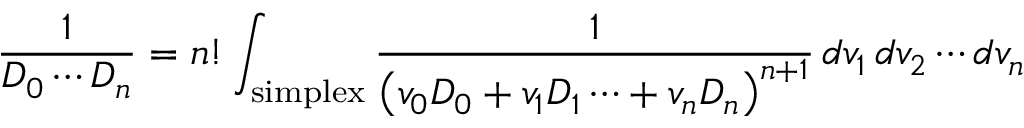
{ \frac { 1 } { D _ { 0 } \cdots D _ { n } } } = n ! \int _ { \mathrm { s i m p l e x } } { \frac { 1 } { \left( v _ { 0 } D _ { 0 } + v _ { 1 } D _ { 1 } \cdots + v _ { n } D _ { n } \right) ^ { n + 1 } } } \, d v _ { 1 } \, d v _ { 2 } \cdots d v _ { n }